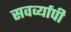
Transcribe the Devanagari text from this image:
सवर्व्यापी